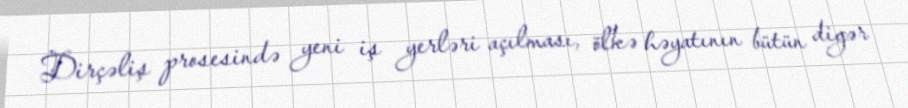
Dirçəliş prosesində yeni iş yerləri açılması, ölkə həyatının bütün digər